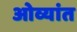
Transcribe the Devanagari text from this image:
ओव्यांत